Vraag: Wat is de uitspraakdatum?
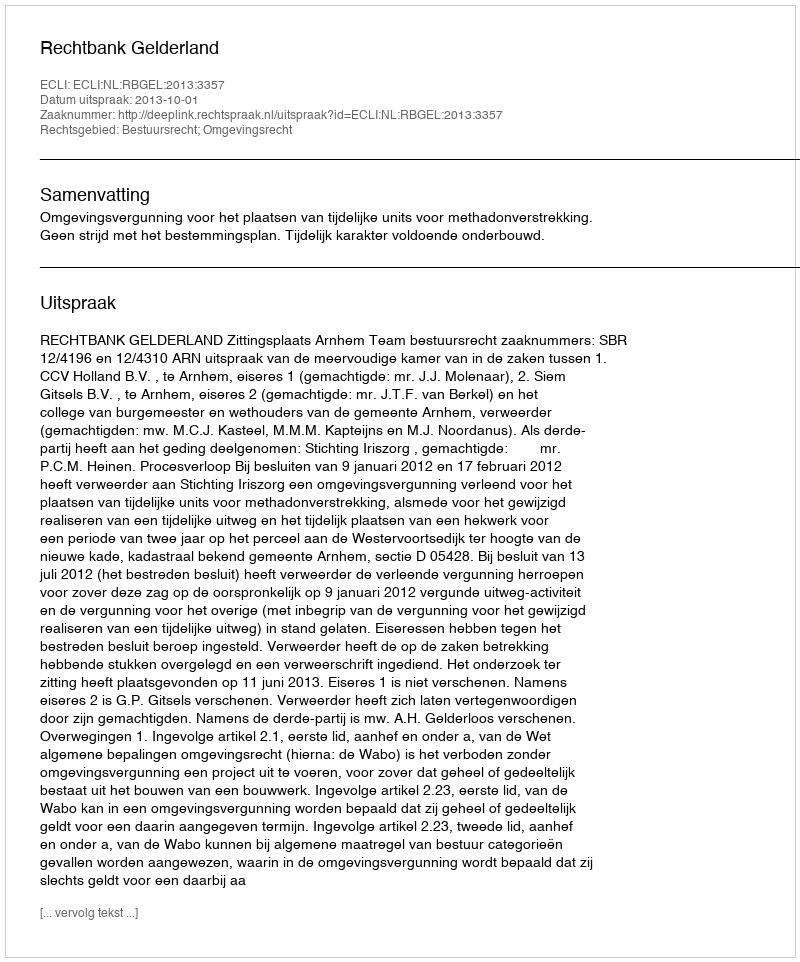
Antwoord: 2013-10-01